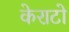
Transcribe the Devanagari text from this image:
केराटो